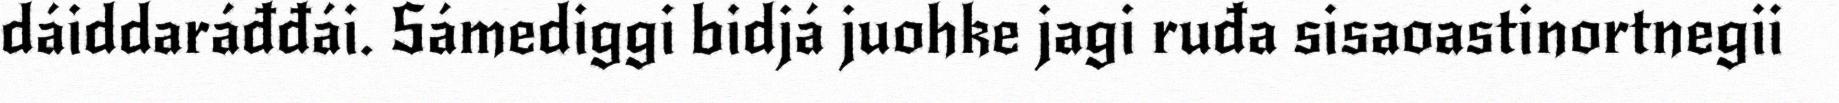
dáiddaráđđái. Sámediggi bidjá juohke jagi ruđa sisaoastinortnegii